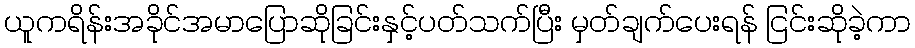
ယူကရိန်းအခိုင်အမာပြောဆိုခြင်းနှင့်ပတ်သက်ပြီး မှတ်ချက်ပေးရန် ငြင်းဆိုခဲ့ကာ